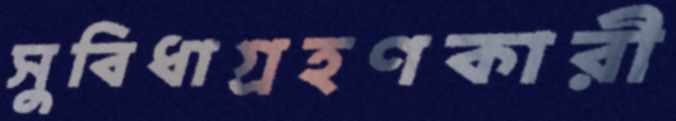
সুবিধাগ্রহণকারী